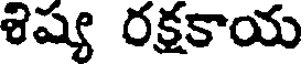
శిష్య రక్షకాయ